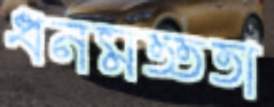
ধনমত্ততা